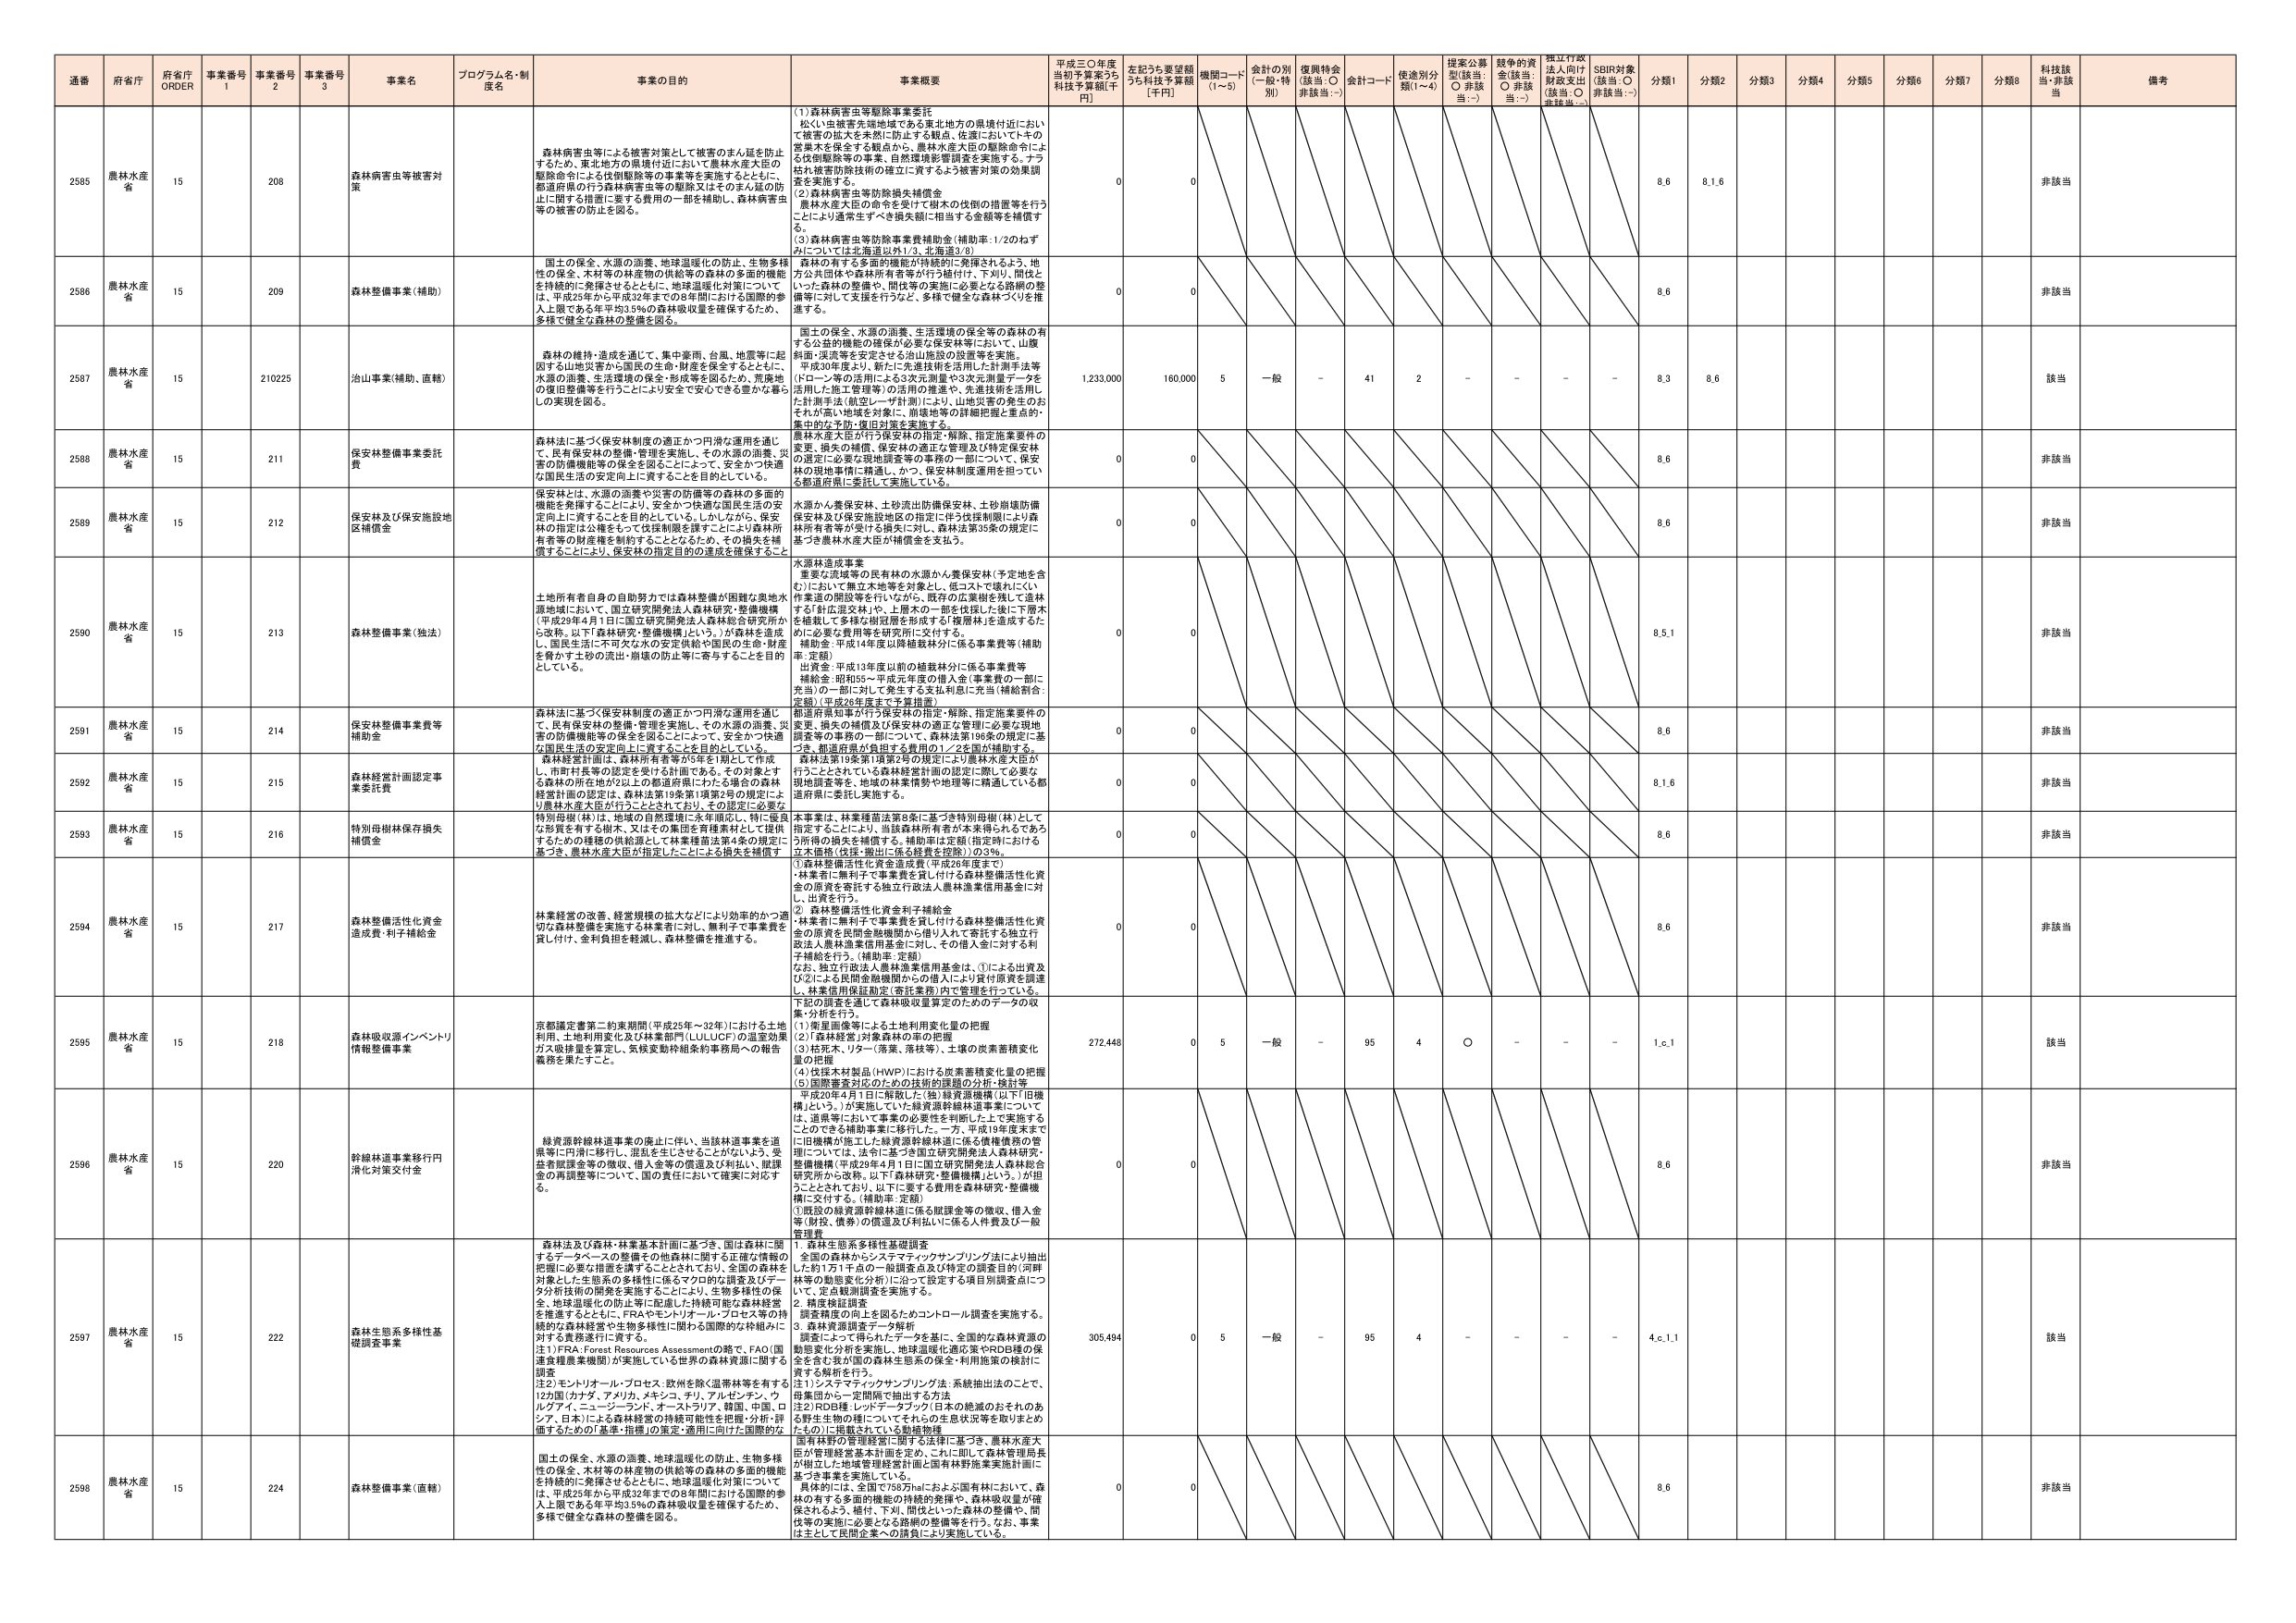
通番 府省庁 府省庁 ORDER 事業番号 1 事業番号 2 事業番号 3 事業名 プログラム名・制度名 事業の目的 事業概要 平成三〇年度当初予算案うち科技予算額[千円] 左記うち要望額うち科技予算額[千円] 機関コード(1~5) 金計の別(一般・特別) 復興特金(該当:○ 非該当:－) 金計コード 使途別分類(1~4) 提案公募型(該当:○ 非該当:－) 越年の資金(該当:○ 非該当:－) 指定行政法人向け財政支出(該当:○ 非該当:－) SDBI対象(該当:○ 非該当:－) 分類1 分類2 分類3 分類4 分類5 分類6 分類7 分類8 科技該当 非該当 備考

2585 農林水産省 15 208 森林病害虫等被害対策 森林病害虫等による被害対策として被害のまん延を防止するため、東北地方の県境付近において農林水産大臣の駆除命令による伐倒駆除等の事業等を実施するとともに、都道府県の行う森林病害虫等の駆除又はそのまん延の防止に関する措置に要する費用の一部を補助し、森林病害虫等の被害の防止を図る。 (1)森林病害虫等駆除事業委託 松くい虫被害先端地域である東北地方の県境付近において被害の拡大を未然に防止する観点、佐渡においてトキの産卵木を保全する観点から、農林水産大臣の駆除命令による伐倒駆除等の事業、自然環境影響調査を実施する。ナラ枯れ被害防除技術の確立に資するよう被害対策の効果調査を実施する。 (2)森林病害虫等防除損失補償金 農林水産大臣の命令を受けて樹木の伐倒の措置等を行うことにより通常生ずべき損失額に相当する金額等を補償する。 (3)森林病害虫等防除事業費補助金(補助率:1/20ねずみについては北海道以外1/3、北海道3/8) 0 0 8.6 8.1.6 非該当

2586 農林水産省 15 209 森林整備事業(補助) 国土の保全、水源の涵養、地球温暖化の防止、生物多様性の保全、木材等の林産物の供給等の森林の多面的機能を持続的に発揮させるとともに、地球温暖化対策については、平成25年から平成32年までの8年間における国際的参入上限である年平均35%の森林吸収量を確保するため、多様で健全な森林の整備を図る。 森林の有する多面的機能が持続的に発揮されるよう、地方公共団体や森林所有者等が行う植付け、下刈り、間伐といった森林の整備や、間伐等の実施に必要となる路網の整備等に対して支援を行うなど、多様で健全な森林づくりを推進する。 0 0 8.6 非該当

2587 農林水産省 15 210225 治山事業(補助、直轄) 森林の維持・造成を通じて、集中豪雨、台風、地震等に起因する山地災害から国民の生命・財産を保全するとともに、水源の涵養、生活環境の保全・形成等を図るため、荒廃地の復旧整備等を行うことにより安全で安心できる豊かな暮らしの実現を図る。 国土の保全、水源の涵養、生活環境の保全等の森林の有する公益的機能の確保が必要な保安林等において、山腹斜面・渓流等を安定させる治山施設の設置等を実施。 平成29年度より、新たに先進技術を活用した計測手法等(ドローン等の活用)による3次元測量や3次元測量データを活用した施工管理等)の活用の推進や、先進技術を活用した計測手法(航空レーザ計測)により、山地災害の発生のおそれがある地域を対象に、崩壊地等の詳細把握と重点的・集中的な予防・復旧対策を実施する。 1,233,000 160,000 5 一般 - 41 2 - - - - 8.3 8.6 該当

2588 農林水産省 15 211 保安林整備事業委託費 森林法に基づく保安林制度の適正かつ円滑な運用を通じて、良有保安林の整備・管理を実施し、その水源の涵養、災害の防備機能等の保全を図ることによって、安全かつ快適な国民生活の安定向上に資することを目的としている。 農林水産大臣が行う保安林の指定・解除、指定施策要件の変更、損失の補償、保安林の適正な管理及び特定保安林の設定に必要な現地調査等の業務の一部について、保安林の現地事情に精通し、かつ、保安林制度運用を担っている都道府県に委託して実施している。 0 0 8.6 非該当

2589 農林水産省 15 212 保安林及び保安施設地区補償金 保安林とは、水源の涵養や災害の防備等の森林の多面的機能を発揮することを目的とし、安全かつ快適な国民生活の安定向上に資することを目的としている。しかしながら、保安林の指定は公権力をもって林業権限を制限するため、森林所有者等の財産権を制約することとなるため、その損失を補償することにより、保安林の指定目的の達成を確保すること。 水源かん養保安林、土砂流出防備保安林、土砂崩壊防備保安林及び保安施設地区の指定に伴う伐採制限により森林所有者等が受ける損失に対し、森林法第30条の規定に基づき農林水産大臣が補償金を支払う。 0 0 8.6 非該当

2590 農林水産省 15 213 森林整備事業(独法) 土地所有者自身の自助努力では森林整備が困難な奥地水辺地域において、国立研究開発法人森林研究・整備機構(平成29年4月1日に国立研究開発法人森林総合研究所から改称。以下「森林研究・整備機構」という。)が森林を造成し、国民生活に不可欠な水の安定供給や国民の生命・財産を脅かす土砂の流出・崩壊の防止等に寄与することを目的としている。 水源林造成事業 重要な流域等の民有林の水源かん養保安林(予定地を含む)において無立木地等を対象とし、低コストで壊れにくい作業道の開設等を行いながら、既存の広葉樹を残して造林する「針広混交林」や、上層木の一部を伐採した後に下層木を植栽して多様な樹冠層を形成する「複層林」を造成するため、必要な費用等を研究所に交付する。 補助金:平成14年度以降植栽林分に係る事業費等(補助率:定額) 出資金:平成13年度以前の植栽林分に係る事業費等 補給金:昭和55～平成元年度の借入金(事業費の一部に充当)の一部に対して発生する支払利息に充当(補給割合:定額)(平成26年度まで予算措置) 0 0 8.5.1 非該当

2591 農林水産省 15 214 保安林整備事業費等補助金 森林法に基づく保安林制度の適正かつ円滑な運用を通じて、良有保安林の整備・管理を実施し、その水源の涵養、災害の防備機能等の保全を図ることによって、安全かつ快適な国民生活の安定向上に資することを目的としている。 都道府県知事が行う保安林の指定・解除、指定施策要件の変更、損失の補償及び保安林の適正な管理に必要な現地調査等の業務の一部について、森林法第186条の規定に基づき、都道府県が負担する費用の1／2を国が補助する。 0 0 8.6 非該当

2592 農林水産省 15 215 森林経営計画認定事業委託費 森林経営計画は、森林所有者等が5年を1期として作成し、市町村長等の認定を受ける計画である。その対象とする森林の所在地が又はこの都道府県にわたる場合の森林経営計画の認定は、森林法第19条第1項第6号の規定により農林水産大臣が行うこととされており、その認定に必要な 森林法第19条第1項第2号の規定により農林水産大臣が行うこととされている森林経営計画の認定に際して必要な現地調査等を、地域の林業情勢や地理等に精通している都道府県に委託し実施する。 0 0 8.1.6 非該当

2593 農林水産省 15 216 特別母樹林保存損失補償金 特別母樹(林)は、地域の自然環境に永年順応し、特に優良な形質を有する樹木、又はその集団を育種素材として提供するための種種の供給源として林業種苗法第4条の規定に基づき、農林水産大臣が指定したことによる損失を補償す 本事業は、林業種苗法第8条に基づき特別母樹(林)として指定することにより、当該森林所有者が本来得られるであろう所得の損失を補償する。補助率は定額(指定時における立木価格(伐採・搬出に係る経費を控除))の3% 0 0 8.6 非該当

2594 農林水産省 15 217 森林整備活性化資金造成費・利子補給金 林業経営の改善、経営規模の拡大などにより効率的かつ適切な森林整備を実施する林業者に対し、無利子で事業費を貸し付け、金利負担を軽減し、森林整備を推進する。 ①森林整備活性化資金造成費(平成26年度まで) ・林業者に無利子で事業費を貸し付ける森林整備活性化資金の原資を寄託する独立行政法人農林漁業信用基金に対し、出資を行う。 ②森林整備活性化資金利子補給金 ・林業者に無利子で事業費を貸し付ける森林整備活性化資金の原資を民間金融機関から借り入れて寄託する独立行政法人農林漁業信用基金に対し、その借入金に対する利子補給を行う。(補助率:定額) なお、独立行政法人農林漁業信用基金は、①による出資及び②による民間金融機関からの借入により貸付原資を調達し、林業信用保証勘定(寄託業務)内で管理を行っている。 0 0 8.6 非該当

2595 農林水産省 15 218 森林吸収量インベントリ情報整備事業 京都議定書第二約束期間(平成25年～32年)における土地利用、土地利用変化及び林業部門(LULUCF)の温室効果ガス吸排量を算定し、気候変動枠組条約事務局への報告義務を果たすこと。 下記の調査を通して森林吸収量算定のためのデータの収集・分析を行う。 (1)衛星画像等による土地利用変化量の把握 (2)「森林経営」対象森林の年の把握 (3)枯死木、リター(落葉、落枝等)、土壌の炭素蓄積変化量の把握 (4)伐採木材製品(HWP)における炭素蓄積変化量の把握 (5)国際審査対応のための技術的課題の分析・検討等 平成20年4月1日に解散した(独)緑資源機構(以下「旧機構」という。)が実施していた緑資源幹線林道事業について、は、道県等において事業の必要性を判断した上で実施することができる補助事業に移行した。一方、平成19年度末までに旧機構が施工した緑資源幹線林道に係る債権債務の管理については、法令に基づき国立研究開発法人森林研究・整備機構(平成29年4月1日に国立研究開発法人森林総合研究所から改称。以下「森林研究・整備機構」という。)が担うこととされており、以下に要する費用を森林研究・整備機構に交付する。(補助率:定額) ①既設の緑資源幹線林道に係る賦課金等の徴収、借入金等(財投、融資)の償還及び利払いに係る人件費及び一般管理費 272,448 0 5 一般 - 95 4 ○ - - - 1.c.1 該当

2596 農林水産省 15 220 幹線林道事業移行円滑化対策交付金 緑資源幹線林道事業の廃止に伴い、当該林道事業を道県等に円滑に移行し、混乱を生じさせることができないよう、受託者賦課金等の徴収、借入金等の償還及び利払い、賦課金の再調整等について、国の責任において確実に対応する。 0 0 8.6 非該当

2597 農林水産省 15 222 森林生態系多様性基礎調査事業 森林法及び森林・林業基本計画に基づき、国は森林に関するデータベースの整備その他森林に関する正確な情報の把握に必要な措置を講ずることとされており、全国の森林を対象とした生態系の多様性に係るマクロ的な調査及びデータ分析技術の開発を実施することにより、生物多様性の保全、地球温暖化の防止等に配慮した持続可能な森林経営を推進するとともに、FRA(モントリオール・プロセス等の持続的な森林経営や生物多様性に関する国際的な枠組みに対する義務遂行に資する。 注1)FRA: Forest Resources Assessmentの略で、FAO(国連食糧農業機関)が実施している世界の森林資源に関する調査 注2)モントリオール・プロセス:欧州を除く温帯林等を有する12カ国(カナダ、アメリカ、メキシコ、チリ、アルゼンチン、ウルグアイ、ニュージーランド、オーストラリア、韓国、中国、ロシア、日本)による森林経営の持続可能性を把握・分析・評価するための「基準・指標」の策定・適用に向けた国際的な 1. 森林生態系多様性基礎調査 全国の森林からシステムティックサンプリング法により抽出した約1万1千点の一般調査点及び特定の調査目的(河畔林等の動態変化分析)に沿って設定する項目別調査点について、定点観測調査を実施する。 2. 精度検証調査 調査精度の向上を図るためコントロール調査を実施する。 3. 森林資源調査データ解析 調査によって得られたデータを基に、全国的な森林資源の動態変化分析を実施し、地球温暖化適応策やRDB種の保全を含む我が国の森林生態系の保全・利用施策の検討に資する解析を行う。 注1)システムティックサンプリング法:系統抽出法のことで、母集団から一定間隔で抽出する方法 注2)RDB種:レッドデータブック(日本の絶滅のおそれのある野生生物の種についてそれらの生息状況等を取りまとめたもの)に掲載されている動植物種 305,494 0 5 一般 - 95 4 - - - - 4.c.1.1 該当

2598 農林水産省 15 224 森林整備事業(直轄) 国土の保全、水源の涵養、地球温暖化の防止、生物多様性の保全、木材等の林産物の供給等の森林の多面的機能を持続的に発揮させるとともに、地球温暖化対策については、平成25年から平成32年までの8年間における国際的参入上限である年平均35%の森林吸収量を確保するため、多様で健全な森林の整備を図る。 国有林野の管理経営に関する法律に基づき、農林水産大臣が管理経営基本計画を定め、これに即して森林管理局長が樹立した地域管理経営計画と国有林野施策実施計画に基づき事業を実施している。 具体的には、全国で706万haにおよぶ国有林において、森林の有する多面的機能の持続的発揮や、森林吸収量が確保されるよう、植付、下刈、間伐といった森林の整備や、間伐等の実施に必要となる路網の整備等を行う。なお、事業は主として民間企業への請負により実施している。 0 0 8.6 非該当